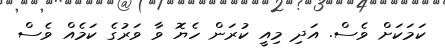
ކަމަކަށް ވެސް. އަދި މިއީ ކުރަން ހެޔޮ ވާ ވަރުގެ ކަމެއް ވެސް